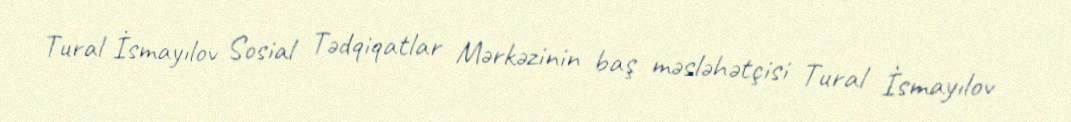
Tural İsmayılov Sosial Tədqiqatlar Mərkəzinin baş məsləhətçisi Tural İsmayılov